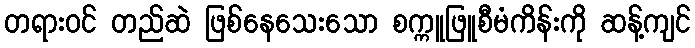
တရားဝင် တည်ဆဲ ဖြစ်နေသေးသော စက္ကူဖြူစီမံကိန်းကို ဆန့်ကျင်